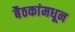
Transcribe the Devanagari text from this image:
बैठकांमधून